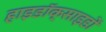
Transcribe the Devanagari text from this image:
हाइडॉक्साइडों